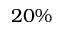
2 0 \%